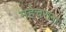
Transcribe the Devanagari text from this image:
महेचराना